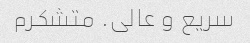
سریع و عالی. متشکرم